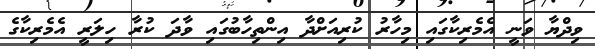
ވިދްޔާ ވަނީ އެމެރިކާގައި މިހާރު ކުރިއަށްދާ އިންތިހާބުގައި ވާދަ ކުރާ ހިލަރީ އެމެރިކާގެ